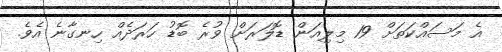
އެ މަސައްކަތަށް 19 މިލިއަން ޑޮލަރަށް ވުރެ ބޮޑު ހަރަދެއް ހިނގާނެ އެވެ.